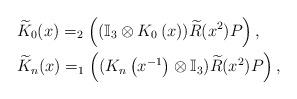
LaTeX: \begin{align*}&\widetilde{K}_0(x)=_2\left( ( \mathbb{I}_3 \otimes K_0\left(x \right)) \widetilde{R}(x^2)P \right),\\&\widetilde{K}_n(x)=_1\left( (K_n\left(x^{-1}\right)\otimes \mathbb{I}_3) \widetilde{R}(x^2)P \right), \end{align*}